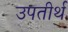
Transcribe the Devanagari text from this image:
उपतीर्थ